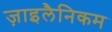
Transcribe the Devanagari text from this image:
ज़ाइलैनिकम